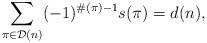
LaTeX: \begin{align*}\sum_{ \pi \in \mathcal{D}(n) } (-1)^{ \# (\pi)-1 } s(\pi)=d(n),\end{align*}